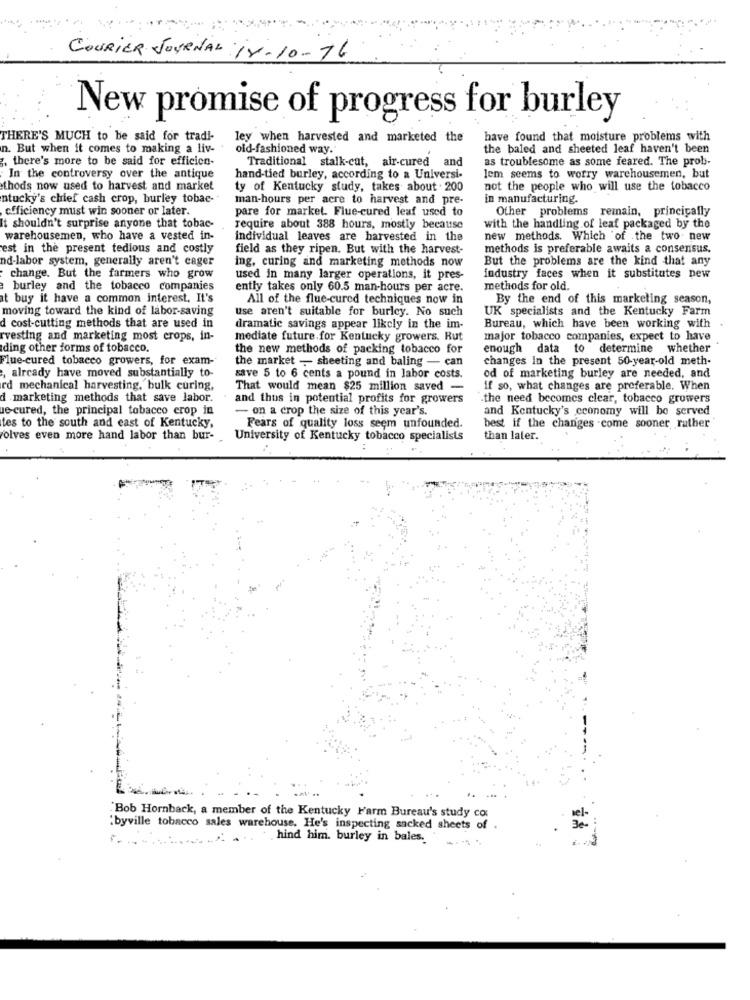
COURIER JOURNAL is-10-16
New promise of progress for burley
THERE'S MUCH to be said for tradi-
ley when harvested and marketed the
have found that moisture problems with
n. But when it comes to making a liv-
old-fashioned way.
the baled and sheeted leaf haven't been
. there's more to be said for efficien-
Traditional stalk-cut, air-cured and
as troublesome as some feared. The prob-
In the controversy over the antique
hand-tied burley, according to a Universi-
lem seems to worry warehousemen, but
thods now used to harvest and market
ty of Kentucky study, takes about . 200
not the people who will use the tobacco
ntucky's chief cash crop, burley tobac-"
man-hours per acre to harvest and pre-
in manufacturing.
cfficiency must win sooner or later.
pare for market. Flue-cured leaf used to
Other problems remain, princicafly
It shouldn't surprise anyone that tobac-
require about 388 hours, mostly because
with the handling of leaf packaged by the
warehousemen, who have a vested in-
individual leaves are harvested in the
new methods. Which of the two new
est in the present tedious and costly
field as they ripen. But with the harvest-
methods is preferable awaits a consensus.
nd-labor system, generally aren't cager
ing, curing and marketing methods now
But the problems are the kind that any
change. But the farmers who grow
used in many larger operations, it pres-
industry faces when it substitutes new
burley and the tobacco companies
ently takes only 60.5 man-hours per acre.
methods for old.
at buy it have a common interest. It's
All of the flue-cured techniques now in
By the end of this marketing season,
moving toward the kind of labor-saving
use aren't suitable for burley. No such
UK specialists and the Kentucky Farm
d cost-cutting methods that are used in
dramatic savings appear likely in the im-
Bureau, which have been working with
rvesting and marketing most crops, in-
mediate future.for Kentucky growers. Rut
major tobacco companies, expect to have
Iding other forms of tobacco.
the new methods of packing tobacco for
enough data to determine whether
Flue-cured tobacco growers, for exam-
the market , sheeting and baling - can
changes In the present 50-year-old meth-
, already have moved substantially to-
save 5 to 6 cents a pound in labor costs.
od of marketing burley are needed, and
rd mechanical harvesting, bulk curing,
That would mean $25 million saved -
if so, what changes are preferable. When
d marketing methods that save labor.
and thus in potential profits for growers
the need becomes clear, tobacco growers
ue-cured, the principal tobacco crop in
- on a crop the size of this year's.
and Kentucky's economy will be served
tes to the south and east of Kentucky,
Fears of quality loss seem unfounded.
best if the changes .come sooner rather
volves even more hand labor than bur-
University of Kentucky tobacco specialists
than later.
"Bob Hornback, a member of the Kentucky Farm Bureau's study co.
.byville tobacco sales warehouse. He's inspecting sacked sheets of
.. ... . hind him. burley in bales.